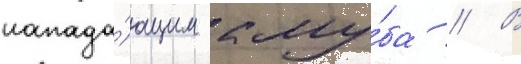
напада́ющим клу́ба // В